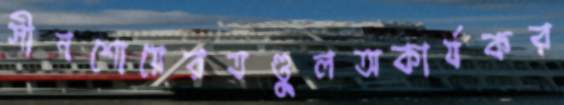
সীনশোয়েরতণ্ডুলঅকার্যকর